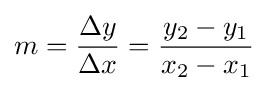
m={\frac {\Delta y}{\Delta x}}={\frac {y_{2}-y_{1}}{x_{2}-x_{1}}}